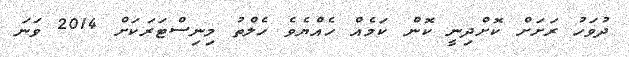
ދުވަހު ރަށަށް ކޮށްދިނީ ކޮން ކަމެއް ހެއްޔެވެ ހެލްތު މިނިސްޓަރަކަށް 2014 ވަނަ